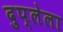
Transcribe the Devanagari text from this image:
दुप्लेला